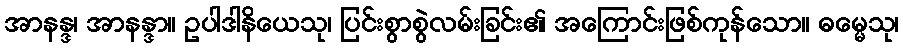
အာနန္ဒ၊ အာနန္ဒာ။ ဥပါဒါနိယေသု၊ ပြင်းစွာစွဲလမ်းခြင်း၏ အကြောင်းဖြစ်ကုန်သော။ ဓမ္မေသု၊